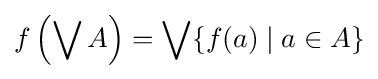
f\left(\bigvee A\right)=\bigvee \{f(a)\mid a\in A\}